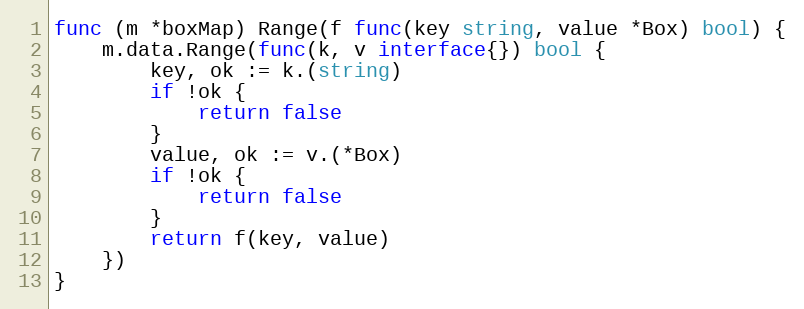
Language: Go
func (m *boxMap) Range(f func(key string, value *Box) bool) {
	m.data.Range(func(k, v interface{}) bool {
		key, ok := k.(string)
		if !ok {
			return false
		}
		value, ok := v.(*Box)
		if !ok {
			return false
		}
		return f(key, value)
	})
}